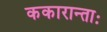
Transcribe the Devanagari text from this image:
ककारान्ताः